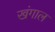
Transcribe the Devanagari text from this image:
खंगाल